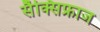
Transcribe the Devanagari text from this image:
सैक्सिफ्राज